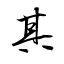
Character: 其